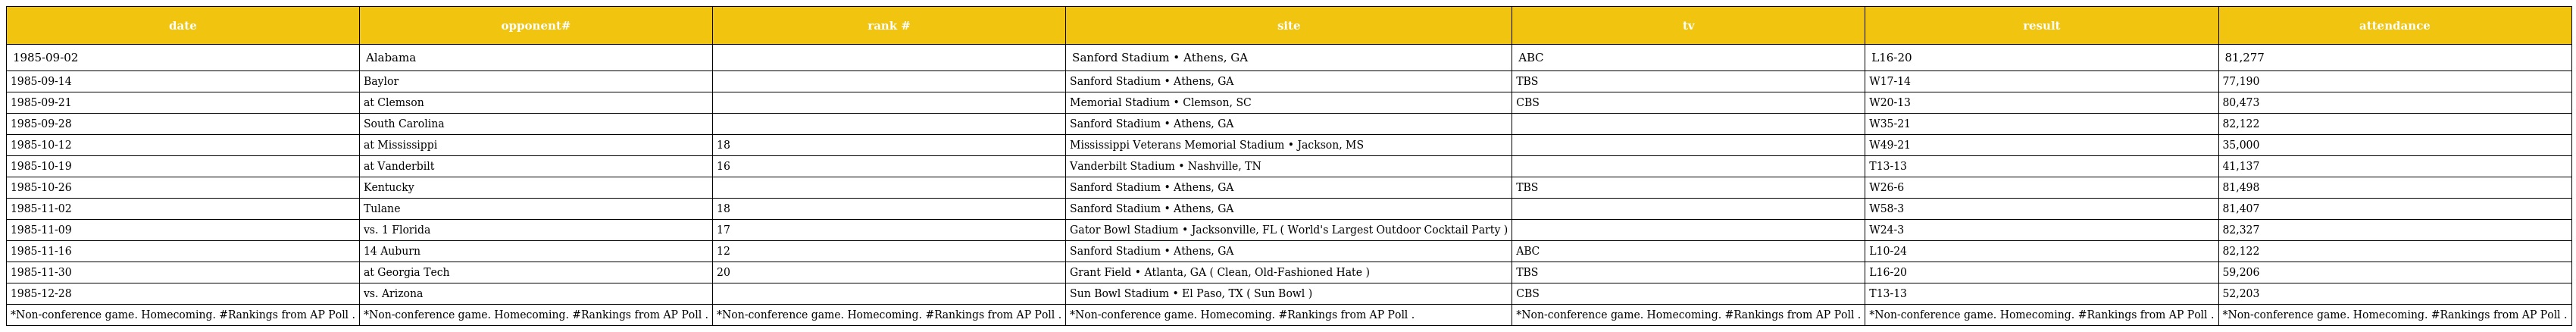
| date | opponent# | rank # | site | tv | result | attendance |
 | --- | --- | --- | --- | --- | --- | --- |
 | 1985-09-02 | Alabama |  | Sanford Stadium • Athens, GA | ABC | L16-20 | 81,277 |
 | 1985-09-14 | Baylor |  | Sanford Stadium • Athens, GA | TBS | W17-14 | 77,190 |
 | 1985-09-21 | at Clemson |  | Memorial Stadium • Clemson, SC | CBS | W20-13 | 80,473 |
 | 1985-09-28 | South Carolina |  | Sanford Stadium • Athens, GA |  | W35-21 | 82,122 |
 | 1985-10-12 | at Mississippi | 18 | Mississippi Veterans Memorial Stadium • Jackson, MS |  | W49-21 | 35,000 |
 | 1985-10-19 | at Vanderbilt | 16 | Vanderbilt Stadium • Nashville, TN |  | T13-13 | 41,137 |
 | 1985-10-26 | Kentucky |  | Sanford Stadium • Athens, GA | TBS | W26-6 | 81,498 |
 | 1985-11-02 | Tulane | 18 | Sanford Stadium • Athens, GA |  | W58-3 | 81,407 |
 | 1985-11-09 | vs. 1 Florida | 17 | Gator Bowl Stadium • Jacksonville, FL ( World's Largest Outdoor Cocktail Party ) |  | W24-3 | 82,327 |
 | 1985-11-16 | 14 Auburn | 12 | Sanford Stadium • Athens, GA | ABC | L10-24 | 82,122 |
 | 1985-11-30 | at Georgia Tech | 20 | Grant Field • Atlanta, GA ( Clean, Old-Fashioned Hate ) | TBS | L16-20 | 59,206 |
 | 1985-12-28 | vs. Arizona |  | Sun Bowl Stadium • El Paso, TX ( Sun Bowl ) | CBS | T13-13 | 52,203 |
 | *Non-conference game. Homecoming. #Rankings from AP Poll . | *Non-conference game. Homecoming. #Rankings from AP Poll . | *Non-conference game. Homecoming. #Rankings from AP Poll . | *Non-conference game. Homecoming. #Rankings from AP Poll . | *Non-conference game. Homecoming. #Rankings from AP Poll . | *Non-conference game. Homecoming. #Rankings from AP Poll . | *Non-conference game. Homecoming. #Rankings from AP Poll . |